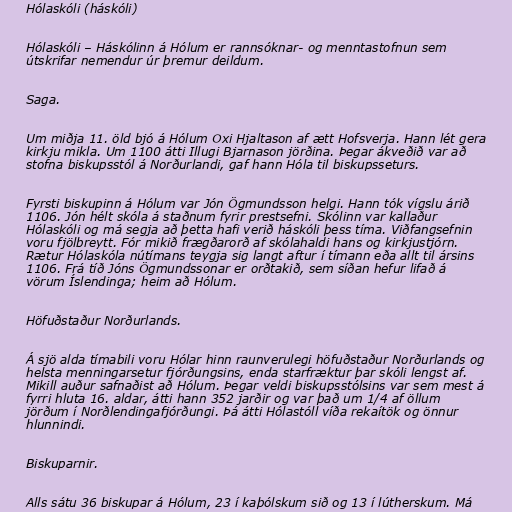
Hólaskóli (háskóli)

Hólaskóli – Háskólinn á Hólum er rannsóknar- og menntastofnun sem
útskrifar nemendur úr þremur deildum.

Saga.

Um miðja 11. öld bjó á Hólum Oxi Hjaltason af ætt Hofsverja. Hann lét gera
kirkju mikla. Um 1100 átti Illugi Bjarnason jörðina. Þegar ákveðið var að
stofna biskupsstól á Norðurlandi, gaf hann Hóla til biskupsseturs.

Fyrsti biskupinn á Hólum var Jón Ögmundsson helgi. Hann tók vígslu árið
1106. Jón hélt skóla á staðnum fyrir prestsefni. Skólinn var kallaður
Hólaskóli og má segja að þetta hafi verið háskóli þess tíma. Viðfangsefnin
voru fjölbreytt. Fór mikið frægðarorð af skólahaldi hans og kirkjustjórn.
Rætur Hólaskóla nútímans teygja sig langt aftur í tímann eða allt til ársins
1106. Frá tíð Jóns Ögmundssonar er orðtakið, sem síðan hefur lifað á
vörum Íslendinga; heim að Hólum.

Höfuðstaður Norðurlands.

Á sjö alda tímabili voru Hólar hinn raunverulegi höfuðstaður Norðurlands og
helsta menningarsetur fjórðungsins, enda starfræktur þar skóli lengst af.
Mikill auður safnaðist að Hólum. Þegar veldi biskupsstólsins var sem mest á
fyrri hluta 16. aldar, átti hann 352 jarðir og var það um 1/4 af öllum
jörðum í Norðlendingafjórðungi. Þá átti Hólastóll víða rekaítök og önnur
hlunnindi.

Biskuparnir.

Alls sátu 36 biskupar á Hólum, 23 í kaþólskum sið og 13 í lútherskum. Má